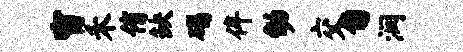
窗禾侑缺碣侔幼交匍润